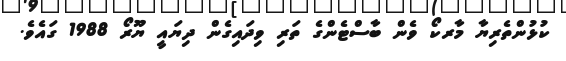
ކުޅުންތެރިޔާ މާރކޯ ވެން ބާސްޓެންގެ ތަރި ވިދައިގެން ދިޔައީ ޔޫރޯ 1988 ގައެވެ.